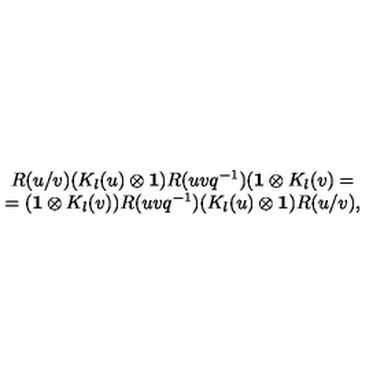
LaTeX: \begin{array} { c } { R ( u / v ) ( K _ { l } ( u ) \otimes { \bf 1 } ) R ( u v q ^ { - 1 } ) ( { \bf 1 } \otimes K _ { l } ( v ) = } \\ { = ( { \bf 1 } \otimes K _ { l } ( v ) ) R ( u v q ^ { - 1 } ) ( K _ { l } ( u ) \otimes { \bf 1 } ) R ( u / v ) , } \\ \end{array}